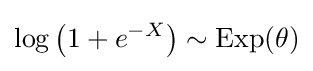
\log \left(1+e^{-X}\right)\sim \operatorname {Exp} (\theta )